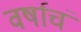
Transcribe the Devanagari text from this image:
वर्षाचं